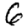
Digit: 6